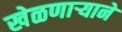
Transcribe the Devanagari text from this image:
खेळणार्‍याने